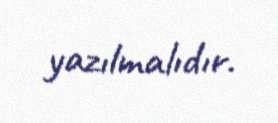
yazılmalıdır.